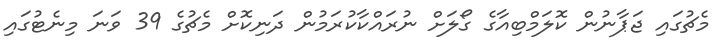
މެޗުގައި ޖަޕާނުން ކޮލަމްބިއާގެ ގޯލަށް ނުރައްކާކުރަމުން ދަނިކޮށް މެޗުގެ 39 ވަނަ މިނެޓުގައި